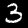
Label: 3